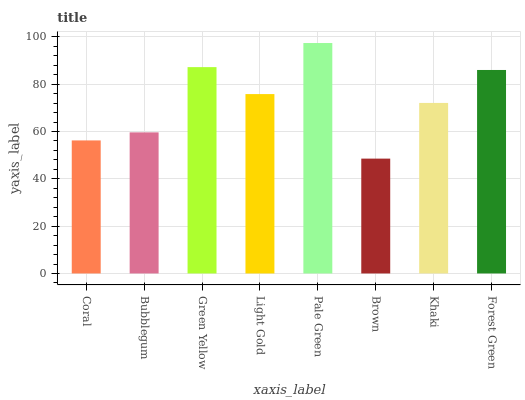
| xaxis_label | bars |
 | --- | --- |
 | Coral | 56.2 |
 | Bubblegum | 59.6 |
 | Green Yellow | 87.2 |
 | Light Gold | 75.8 |
 | Pale Green | 97.4 |
 | Brown | 48.6 |
 | Khaki | 72.1 |
 | Forest Green | 86 |